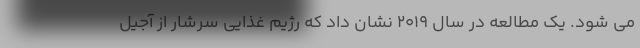
می شود. یک مطالعه در سال 2019 نشان داد که رژیم غذایی سرشار از آجیل